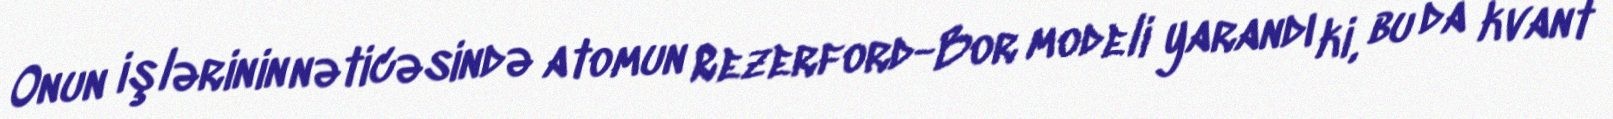
Onun işlərinin nəticəsində atomun Rezerford-Bor modeli yarandı ki, bu da kvant